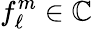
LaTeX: f_{\ell}^{m}\in\mathbb{C}